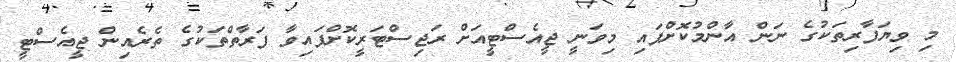
މި ވިޔަފާރިތަކުގެ ނަން އާންމުކޮށްފައި މިވަނީ ޖީއެސްޓީއަށް ރަޖިސްޓަރީކޮށްފައިވާ ފަރާތްތަކުގެ ތެރެއިން ޖީއެސްޓީ